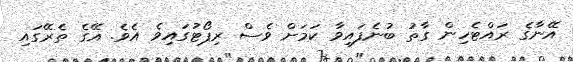
އޭނާގެ ރައްޓެހިން ގާތު ބުނެފައިވާ ކަމަށް ވެސް ރިޕޯޓުގައިވެ އެވެ. އޭގެ ތެރޭގައި